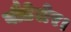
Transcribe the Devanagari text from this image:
बौडेलेर।